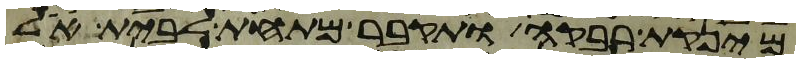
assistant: מינקת רבקה ותקבר מתחת לבית אל